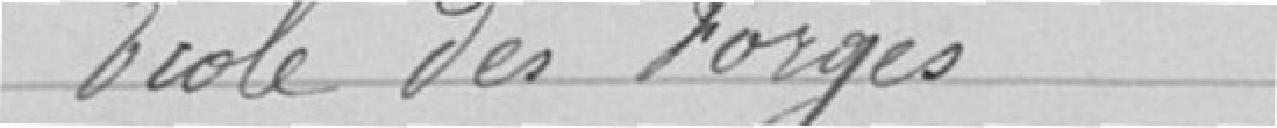
Ecole des Forges